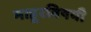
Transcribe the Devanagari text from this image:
माहूरविषयी